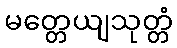
မတ္တေယျသုတ္တံ